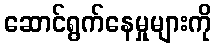
ဆောင်ရွက်နေမှုများကို